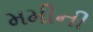
મમીની